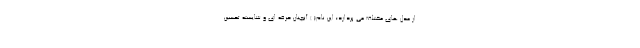
از مدل های مختلف می پردازد؛ این نام( ) آنچنان حرفه ای و شایسته تحسین